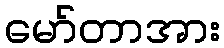
မော်တာအား